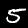
Digit: 5